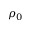
\rho _ { 0 }